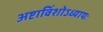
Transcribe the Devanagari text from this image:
अष्टाविंशोऽध्यायः